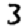
Digit: 3